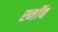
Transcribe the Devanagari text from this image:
स्नॉब